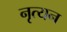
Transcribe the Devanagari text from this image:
नृत्यन